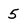
Character: 5